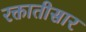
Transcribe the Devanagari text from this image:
रक्तातीसार